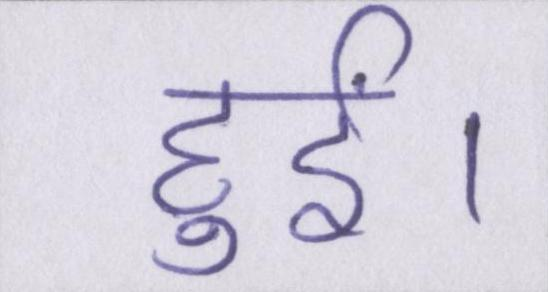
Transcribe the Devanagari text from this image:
हुईं।